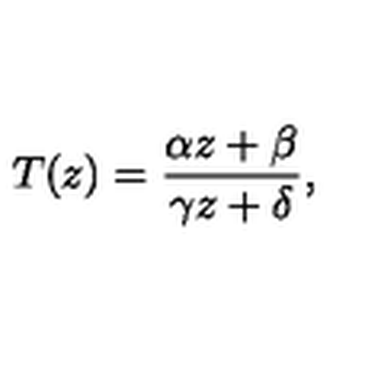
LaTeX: T ( z ) = { \frac { \alpha z + \beta } { \gamma z + \delta } } ,